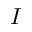
I